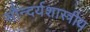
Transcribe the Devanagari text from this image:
सौन्दर्यशास्त्रीय